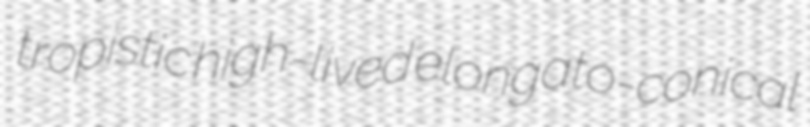
tropistic high-lived elongato-conical